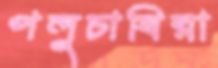
পলুচাষিরা